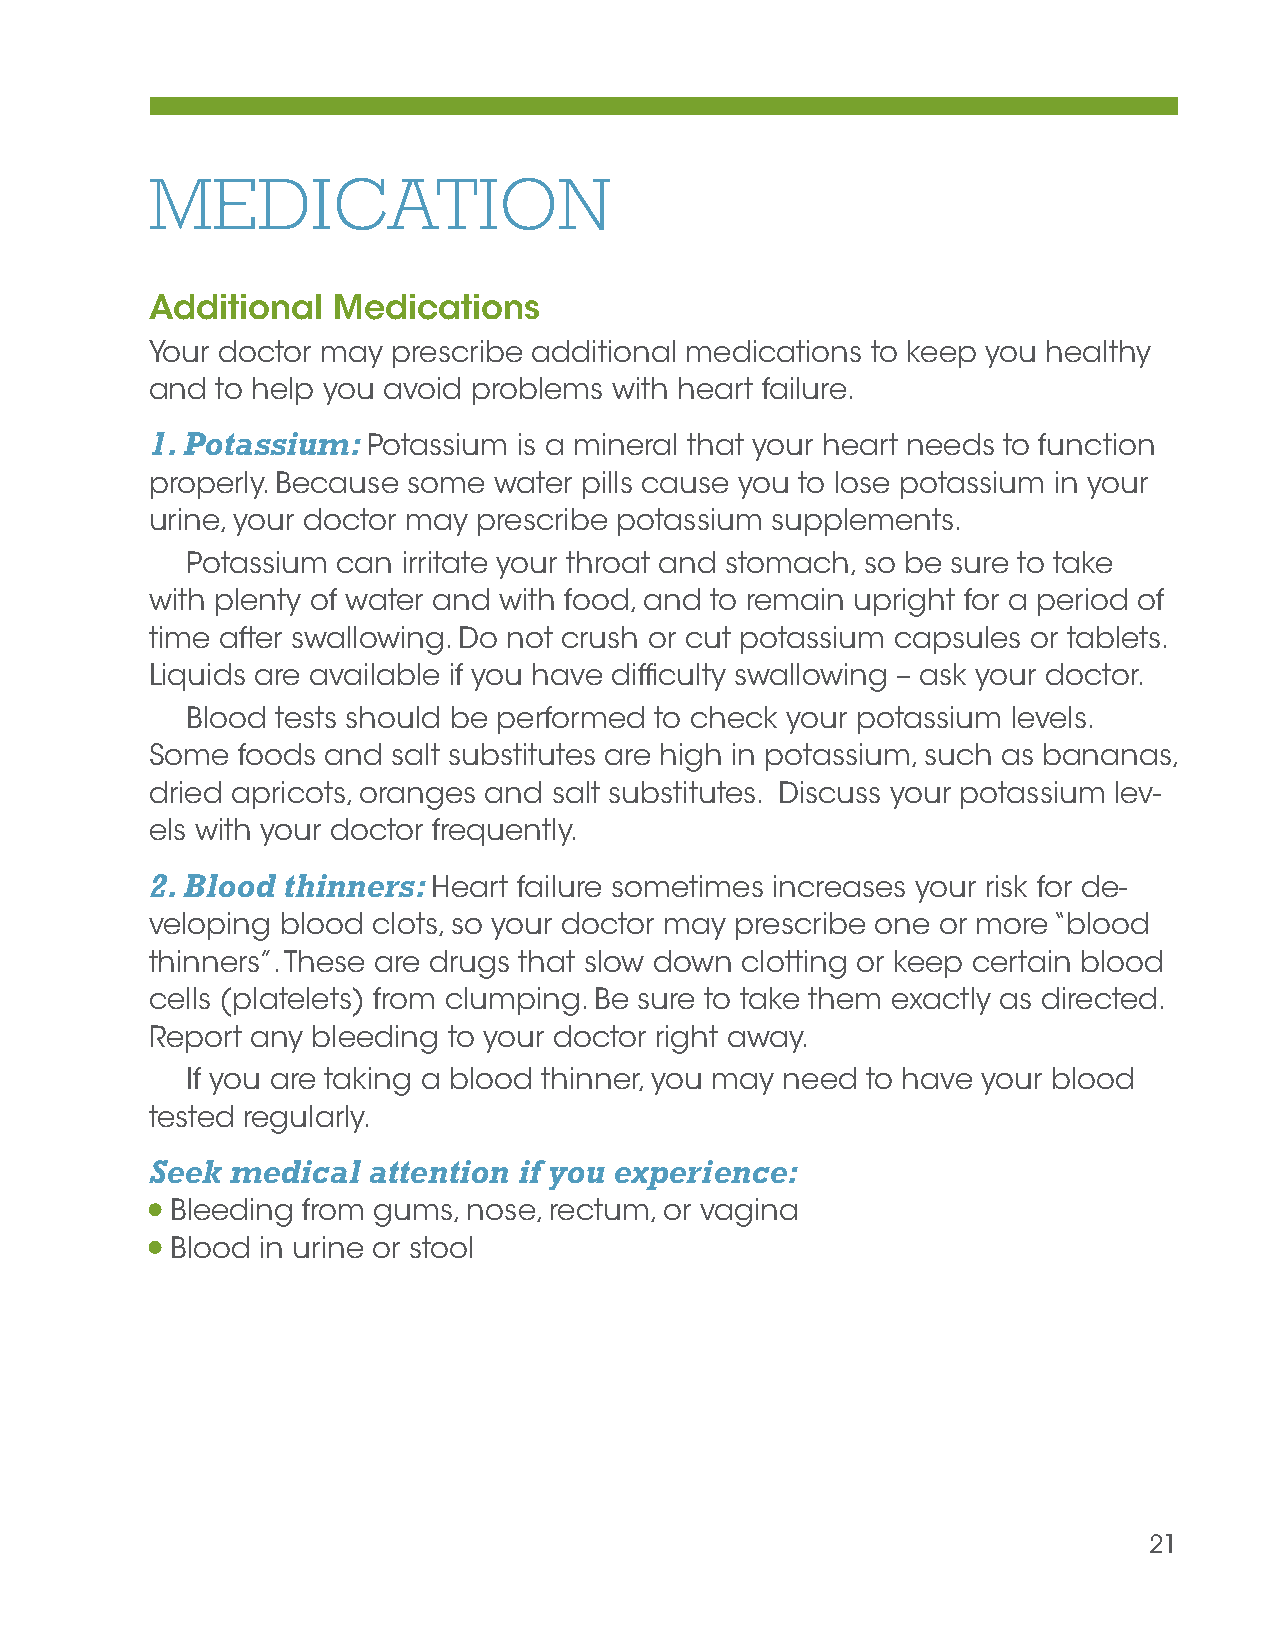
MEDICATION
 Additional  Medications
 Your doctor may prescribe additional medications to keep you healthy
 and to help you avoid problems with heart failure.
 1. Potassium: Potassium is a mineral that your heart needs to function
 properly. Because some water pills cause you to lose potassium in your
 urine, your doctor may prescribe potassium supplements.
 Potassium can  irritate your throat and stomach, so be sure to take
 with plenty of water and with food, and to remain upright for a period of
 time after swallowing. Do not crush or cut potassium capsules or tablets.
 Liquids are available if you have difficulty swallowing – ask your doctor.
 Blood tests should be performed to check your potassium levels.
 Some  foods and salt substitutes are high in potassium, such as bananas,
 dried apricots, oranges and salt substitutes. Discuss your potassium lev-
 els with your doctor frequently.
 2. Blood thinners: Heart failure sometimes increases your risk for de-
 veloping blood clots, so your doctor may prescribe one or more “blood
 thinners”. These are drugs that slow down clotting or keep certain blood
 cells (platelets) from clumping. Be sure to take them exactly as directed.
 Report any bleeding to your doctor right away.
 If you are taking a blood thinner, you may need to have your blood
 tested regularly.
 Seek medical  attention if you experience:
 Bleeding from gums, nose, rectum, or vagina
 Blood in urine or stool
 21